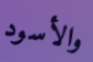
والأسود